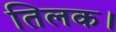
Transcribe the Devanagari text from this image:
तिलक।